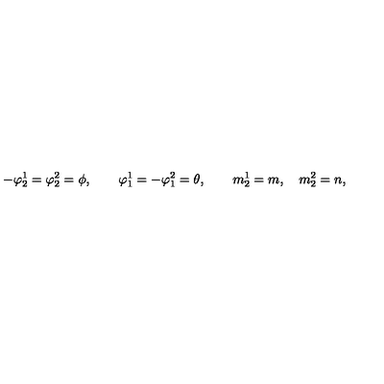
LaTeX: - \varphi _ { 2 } ^ { 1 } = \varphi _ { 2 } ^ { 2 } = \phi , \qquad \varphi _ { 1 } ^ { 1 } = - \varphi _ { 1 } ^ { 2 } = \theta , \qquad m _ { 2 } ^ { 1 } = m , \quad m _ { 2 } ^ { 2 } = n ,